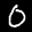
Label: 0